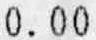
0.00